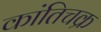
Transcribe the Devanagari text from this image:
कांतिचक्र